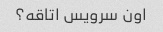
اون سرویس اتاقه؟